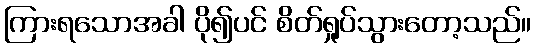
ကြားရသောအခါ ပို၍ပင် စိတ်ရှုပ်သွားတော့သည်။